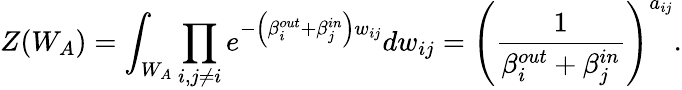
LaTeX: Z(W_{A})=\int_{W_{A}}\prod_{i,j\neq i}e^{-\left(\beta_{i}^{out}+\beta_{j}^{in}\right)w_{ij}}dw_{ij}=\left(\frac{1}{\beta_{i}^{out}+\beta_{j}^{in}}\right)^{a_{ij}}.